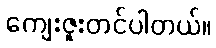
ကျေးဇူးတင်ပါတယ်။